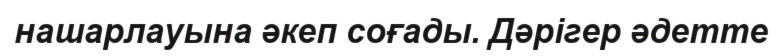
нашарлауына әкеп соғады. Дәрігер әдетте